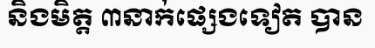
និងមិត្ត ៣នាក់ផ្សេងទៀត បាន